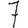
Digit: 7